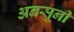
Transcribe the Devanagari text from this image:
अनसूनी